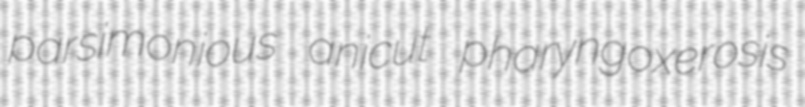
parsimonious anicut pharyngoxerosis